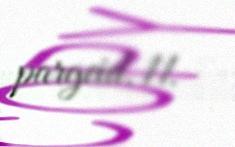
pargeid. 11.